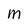
Character: M